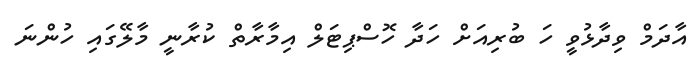
އާދަމް ވިދާޅުވީ ހަ ބުރިއަށް ހަދާ ހޮސްޕިޓަލް އިމާރާތް ކުރާނީ މާލޭގައި ހުންނަ